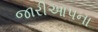
જારીઆપના